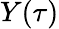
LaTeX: Y(\tau)